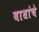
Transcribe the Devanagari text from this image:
बाधांचे